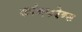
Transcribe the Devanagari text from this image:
कांनफरेन्स